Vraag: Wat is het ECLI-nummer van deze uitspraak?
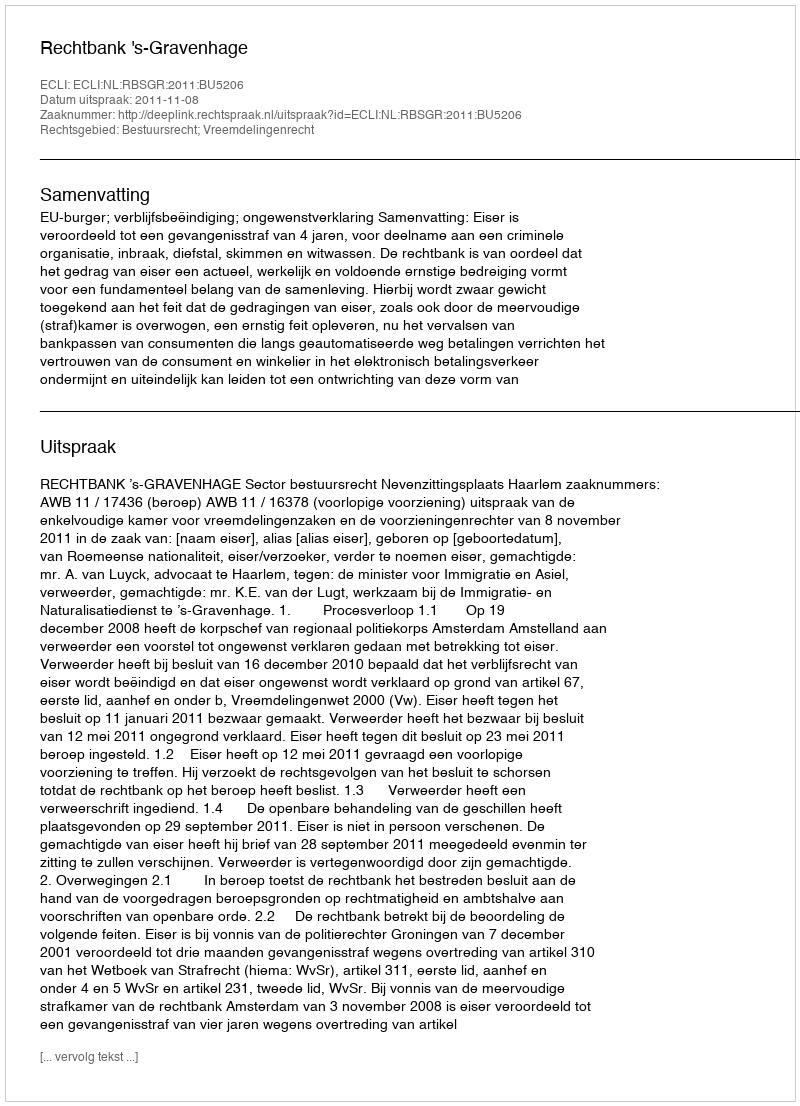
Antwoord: ECLI:NL:RBSGR:2011:BU5206